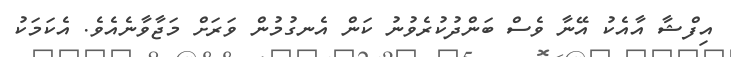
އިފްޝާ އާއެކު އޭނާ ވެސް ބަންދުކުރެވުނު ކަން އެނގުމުން ވަރަށް މަޖާވާނެއެވެ. އެކަމަކު